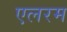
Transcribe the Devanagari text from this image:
एलरम